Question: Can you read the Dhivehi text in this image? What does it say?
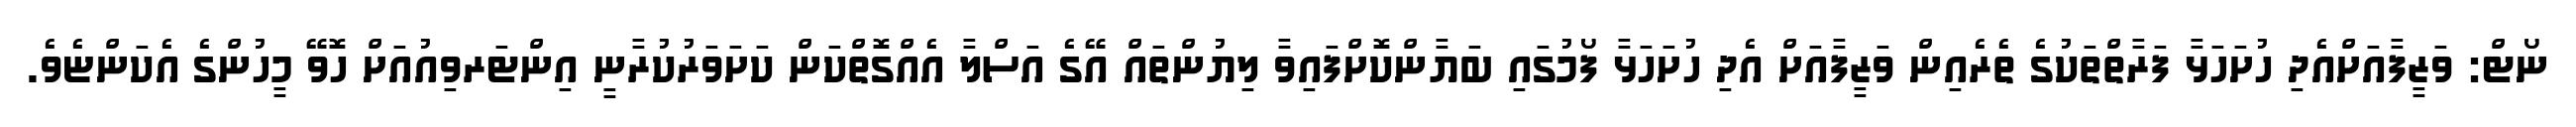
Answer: ނޯޓް: ވަޒީފާއަށްއެދި ހުށަހަޅާ ފަރާތްތަކުގެ ތެރެއިން ވަޒީފާއަށް އެދި ހުށަހަޅާ ފޯމުގައި ބަޔާންކޮށްފައިވާ ލިޔުންތައް އޭގެ އަސްލާ އެއްގޮތްކަން ކަށަވަރުކުރާނީ އިންޓަރވިއުއަށް ހޮވޭ މީހުންގެ އެކަންޏެވެ.